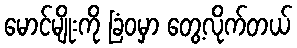
မောင်မျိုးကို ခြံဝမှာ တွေ့လိုက်တယ်